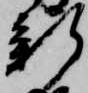
新